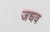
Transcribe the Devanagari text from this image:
जधव